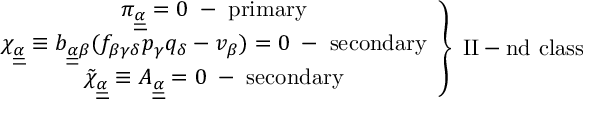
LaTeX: \left. \begin{array} { c c l } { { \pi _ { \underline { { { \underline { { { \alpha } } } } } } } = 0 \; - \; \mathrm { p r i m a r y } } } \\ { { \chi _ { \underline { { { \underline { { { \alpha } } } } } } } \equiv b _ { \underline { { { \underline { { { \alpha } } } } } } \beta } ( f _ { \beta \gamma \delta } p _ { \gamma } q _ { \delta } - v _ { \beta } ) = 0 \; - \; \mathrm { s e c o n d a r y } } } \\ { { \tilde { \chi } _ { \underline { { { \underline { { { \alpha } } } } } } } \equiv A _ { \underline { { { \underline { { { \alpha } } } } } } } = 0 \; - \; \mathrm { s e c o n d a r y } } } \end{array} \right\} \; \mathrm { I I - n d ~ c l a s s }